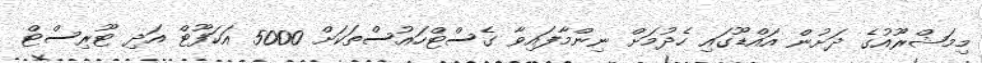
މިމަޝްރޫއުގެ ދަށުން އައްޑޫގައި ހެދުމަށް ނިންމާފައިވާ ގެސްޓްހައުސްތަކަށް 5000 އަކަފޫޓް އަދި ޓޫރިސްޓް